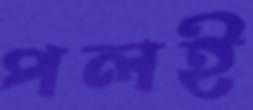
পলই